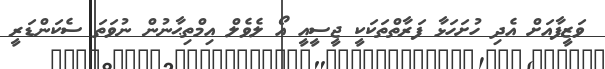
ވަޒީފާއަށް އެދި ހުށަހަޅާ ފަރާތްތަކަކީ ޖީސީއީ އޯ ލެވެލް އިމްތިޙާނުން ނުވަތަ ސެކަންޑަރީ